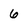
Character: 6